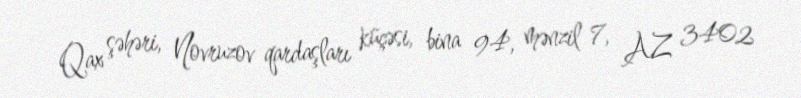
Qax şəhəri, Novruzov qardaşları küçəsi, bina 94, mənzil 7, AZ 3402